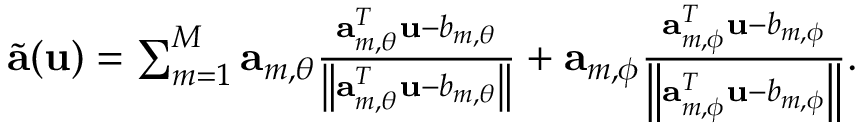
\begin{array} { r } { \tilde { \mathbf { a } } ( \mathbf { u } ) = \sum _ { m = 1 } ^ { M } \mathbf { a } _ { m , \theta } \frac { \mathbf { a } _ { m , \theta } ^ { T } \mathbf { \mathbf { u } } - b _ { m , \theta } } { \left\| \mathbf { a } _ { m , \theta } ^ { T } \mathbf { \mathbf { u } } - b _ { m , \theta } \right\| } + \mathbf { a } _ { m , \phi } \frac { \mathbf { a } _ { m , \phi } ^ { T } \mathbf { \mathbf { u } } - b _ { m , \phi } } { \left\| \mathbf { a } _ { m , \phi } ^ { T } \mathbf { \mathbf { u } } - b _ { m , \phi } \right\| } . } \end{array}